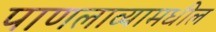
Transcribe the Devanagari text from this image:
पाणलाव्यामधील